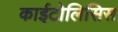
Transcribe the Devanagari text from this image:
काईटोलिसिस